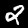
Label: 2